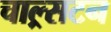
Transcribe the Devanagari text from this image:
चाल्र्सटन